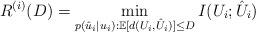
LaTeX: \begin{align*}R^{(i)}(D)=\min\limits_{p(\hat{u}_i|u_i): \mathbb{E}[d(U_i, \hat{U}_i)]\le D} I(U_i; \hat{U}_i)\end{align*}